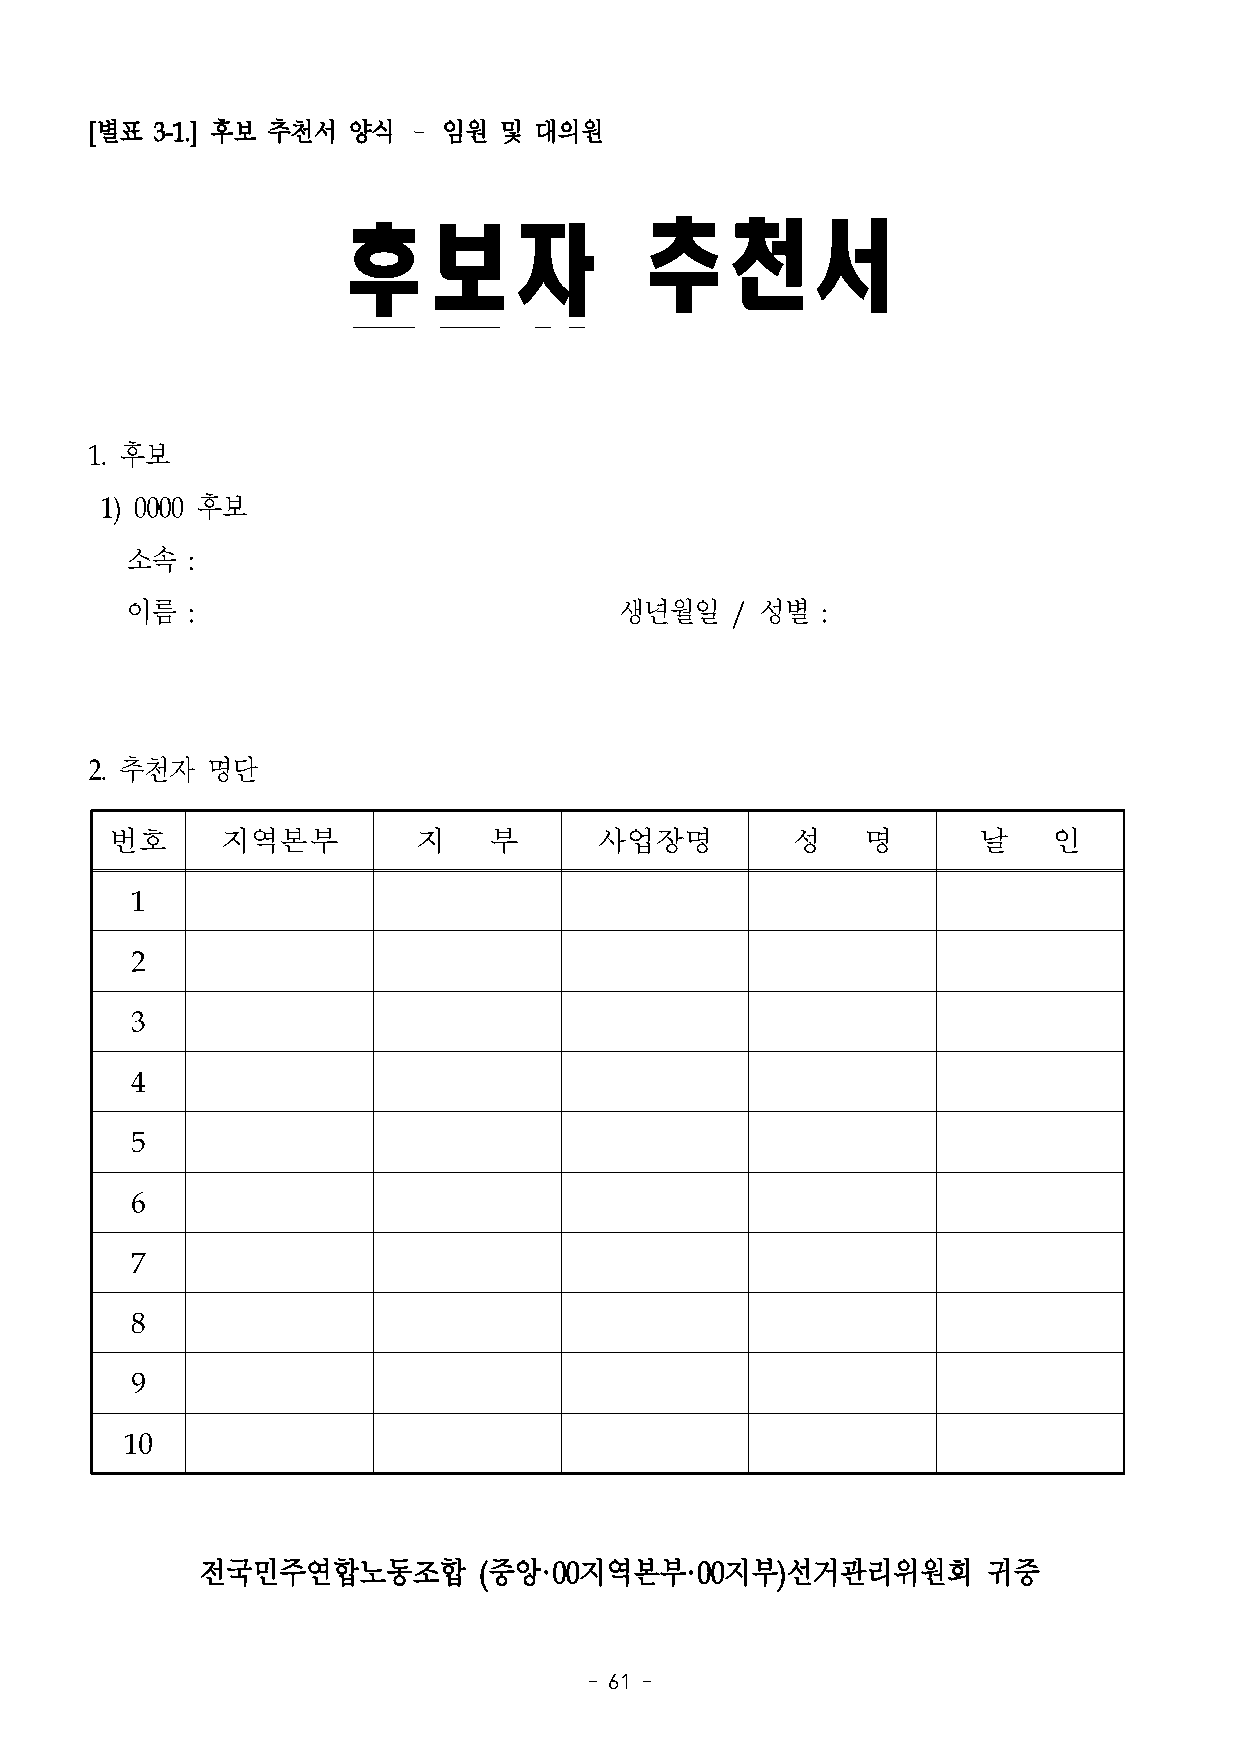
[별표 3-1.] 후보 추천서 양식  – 임원  및 대의원
 후보자                 추천서
 1. 후보
 1) 0000 후보
 소속  :
 이름  :                            생년월일   / 성별  :
 2. 추천자  명단
 번호      지역본부         지   부      사업장명         성    명       날    인
 1
 2
 3
 4
 5
 6
 7
 8
 9
 10
 전국민주연합노동조합         (중앙·00지역본부·00지부)선거관리위원회          귀중
 - 61 -